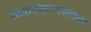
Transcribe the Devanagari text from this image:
भिमाशंक्रापसल्या